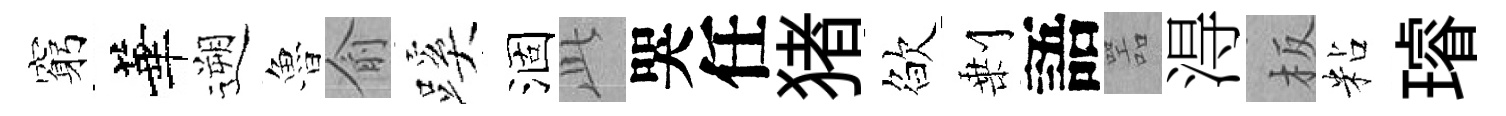
窮華遡魯俞蹊涸𬼘哭任猪欲剰語噐淂板粘璿